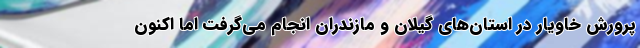
پرورش خاویار در استان‌های گیلان و مازندران انجام می‌گرفت اما اکنون